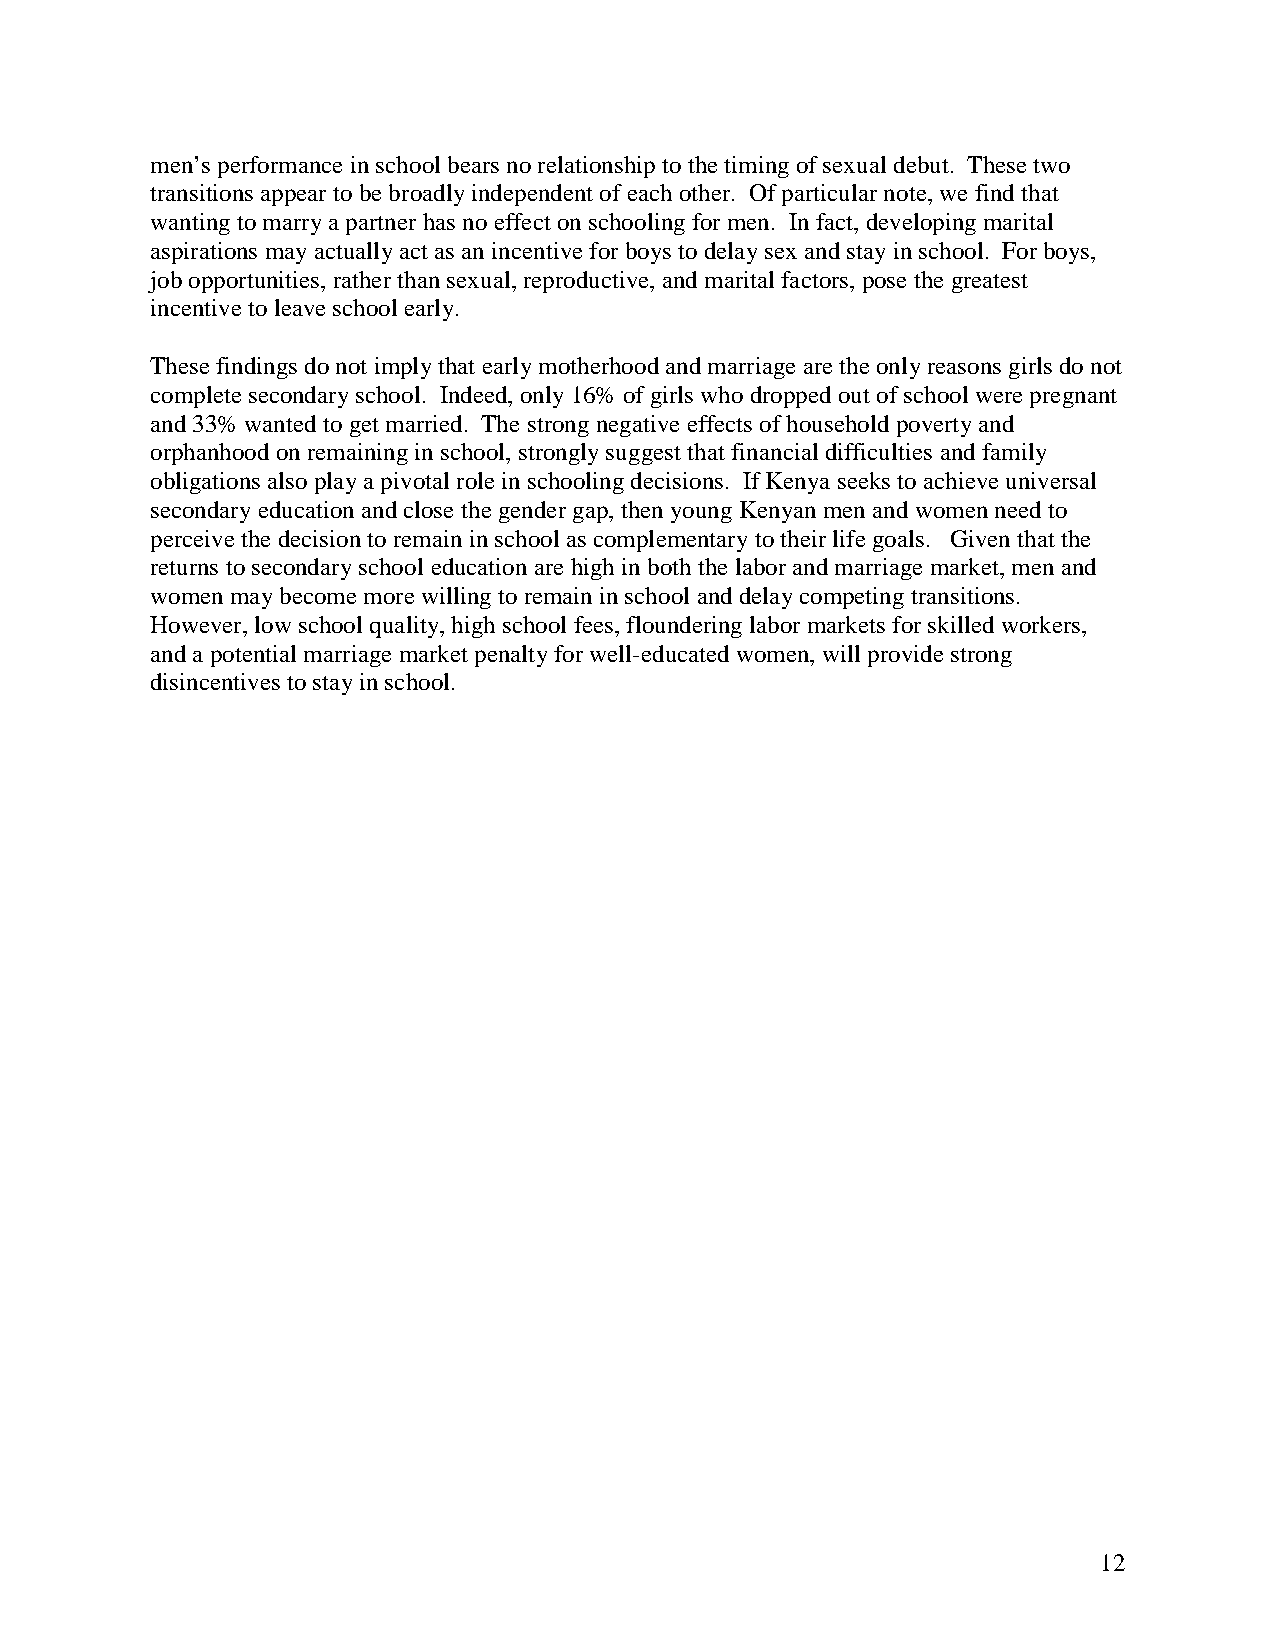
men’s performance in school bears no relationship to the timing of sexual debut. These two
 transitions appear to be broadly independent of each other. Of particular note, we find that
 wanting to marry a partner has no effect on schooling for men. In fact, developing marital
 aspirations may actually act as an incentive for boys to delay sex and stay in school. For boys,
 job opportunities, rather than sexual, reproductive, and marital factors, pose the greatest
 incentive to leave school early.
 These findings do not imply that early motherhood and marriage are the only reasons girls do not
 complete secondary school. Indeed, only 16% of girls who dropped out of school were pregnant
 and 33% wanted to get married. The strong negative effects of household poverty and
 orphanhood on remaining in school, strongly suggest that financial difficulties and family
 obligations also play a pivotal role in schooling decisions. If Kenya seeks to achieve universal
 secondary education and close the gender gap, then young Kenyan men and women need to
 perceive the decision to remain in school as complementary to their life goals. Given that the
 returns to secondary school education are high in both the labor and marriage market, men and
 women may become more willing to remain in school and delay competing transitions.
 However, low school quality, high school fees, floundering labor markets for skilled workers,
 and a potential marriage market penalty for well-educated women, will provide strong
 disincentives to stay in school.
 12